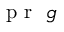
\mathrm { ~ \textbf ~ { ~ p ~ r ~ } ~ } \mathfrak { g }